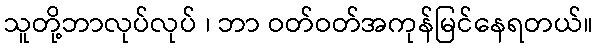
သူတို့ဘာလုပ်လုပ် ၊ ဘာ ဝတ်ဝတ်အကုန်မြင်နေရတယ်။